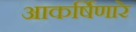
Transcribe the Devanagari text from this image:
आकर्षिणारे